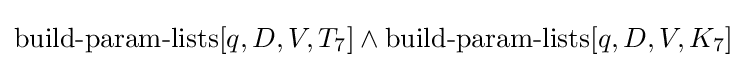
\operatorname {build-param-lists} [q,D,V,T_{7}]\land \operatorname {build-param-lists} [q,D,V,K_{7}]